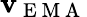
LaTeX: \mathbf{v}_{\mathrm{~E~M~A~}}